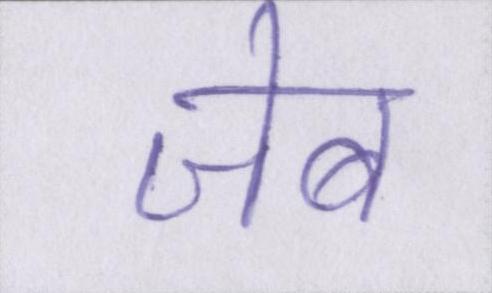
जेब